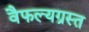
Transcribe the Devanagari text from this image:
वैफल्यग्रस्त